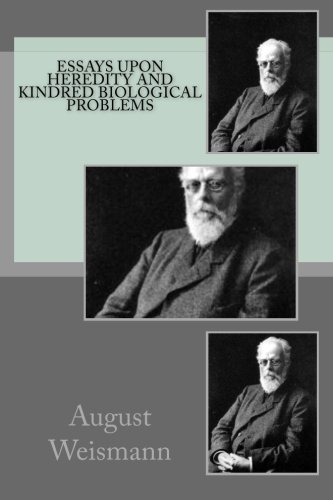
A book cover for Essays Upon Heredity and Kindred Biological Problems; Mr August Weismann; Science & Math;